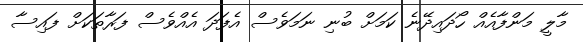
މާލީ މަންފާއެއް ހޯދައިދޭނެ ކަމަށް ބުނި ނަމަވެސް އެފަދަ އެއްވެސް ފަރާތަކަށް ފައިސާ